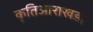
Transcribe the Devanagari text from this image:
कृतिआराखडा